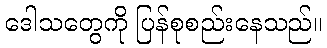
ဒေါသတွေကို ပြန်စုစည်းနေသည်။